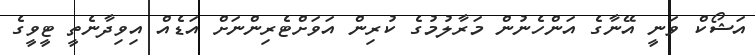
އަޝޯކް ވަނީ އޭނާގެ އަންހެނުން މަރާލުމުގެ ކުރިން އަވަށްޓެރިންނަށް އަޑެއް އިވިދާނެތީ ޓީވީގެ